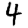
Digit: 4